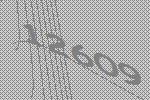
12609